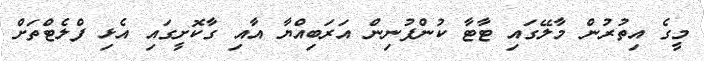
މީގެ އިތުރުން މާލޭގައި ޓާޓާ ކުންފުނިން އަރަބިއްޔާ އާއި ގާކޮށީގައި އެޅި ފްލެޓްތަށް